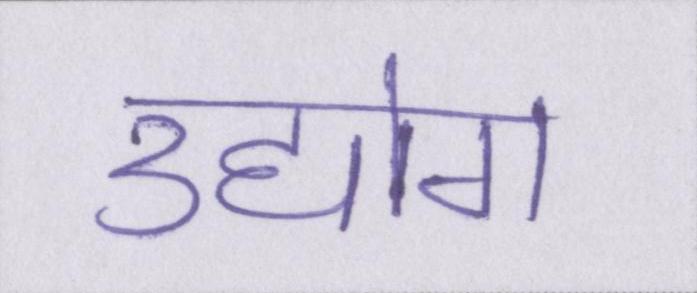
उद्योग